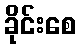
ခိုင်းစေ